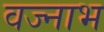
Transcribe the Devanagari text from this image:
वज्नाभ